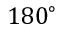
1 8 0 ^ { \circ }